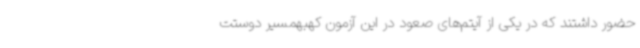
حضور داشتند که در یکی از آیتم‌های صعود در این آزمون کهبهمسیر دوستت